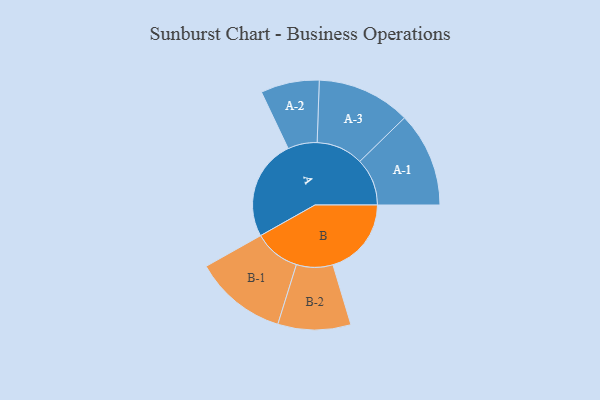
{"axis": {"x": "Segment", "y": "Value"}, "legend": ["", "A", "B"], "data": [{"x": "A", "y": 395, "type": ""}, {"x": "B", "y": 308, "type": ""}, {"x": "A-1", "y": 186, "type": "A"}, {"x": "A-2", "y": 115, "type": "A"}, {"x": "A-3", "y": 184, "type": "A"}, {"x": "B-1", "y": 182, "type": "B"}, {"x": "B-2", "y": 143, "type": "B"}]}